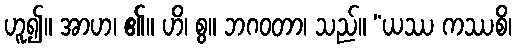
ဟူ၍။ အာဟ၊ ၏။ ဟိ၊ စွ။ ဘဂဝတာ၊ သည်။ “ယဿ ကဿစိ၊